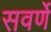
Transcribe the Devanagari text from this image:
सवर्णे